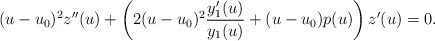
\begin{align*}(u-u_0)^2 z^{\prime \prime}(u) + \left(2 (u-u_0)^2 \frac{y_1^\prime(u)}{y_1(u)} + (u-u_0) p(u) \right) z^\prime(u) = 0.\end{align*}